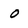
Character: o